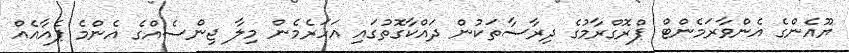
ޔޫއެންގެ އެންވާރަމެންޓް ޕްރޮގްރާމުގެ ދިރާސާތަކުން ދައްކާގޮތުގައި އަހަރެމެން މިލާ ޖިންސެއްގެ އެންމެ ޕެއާއެއް